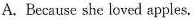
A. Because she loved apples.